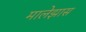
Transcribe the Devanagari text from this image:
मालेझास